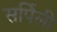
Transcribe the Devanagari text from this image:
सर्पिली